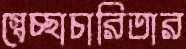
স্বেচ্ছাচারিতার